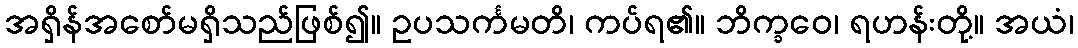
အရှိန်အစော်မရှိသည်ဖြစ်၍။ ဥပသင်္ကမတိ၊ ကပ်ရ၏။ ဘိက္ခဝေ၊ ရဟန်းတို့။ အယံ၊